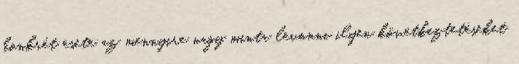
konkrét esete az mennyire nagy minta levonni ilyen következtetéseket